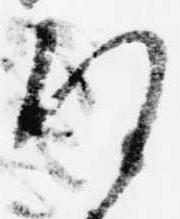
謹